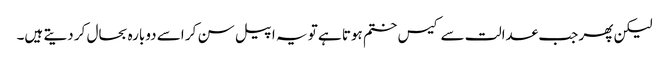
لیکن پھر جب عدالت سے کیس ختم ہوتا ہے تو یہ اپیل سن کر اسے دوبارہ بحال کر دیتے ہیں۔